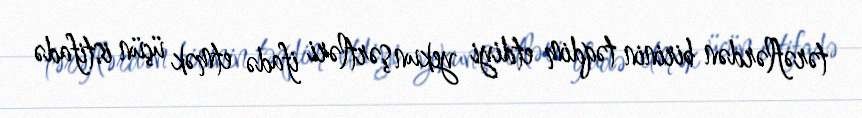
tərəflərdən birinin təqdim etdiyi yekun şərtləri ifadə etmək üçün istifadə